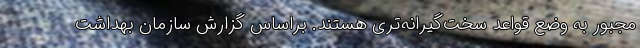
مجبور به وضع قواعد سخت‌گیرانه‌تری هستند. براساس گزارش سازمان بهداشت